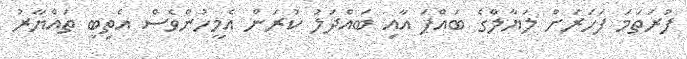
ފުރަތަމަ ފަހަރަށް ލަޔާލްގެ ބައްޕަ އާއި ބައްދަލު ކުރަން އެމީހުންވެސް އެތިބީ ތައްޔާރު